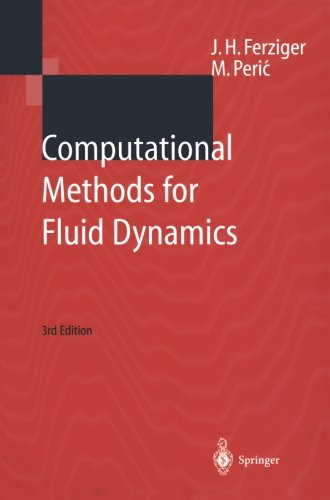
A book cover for Computational Methods for Fluid Dynamics; Joel H. Ferziger; Science & Math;